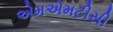
એમએમટીસી